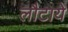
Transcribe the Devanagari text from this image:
लौटाये